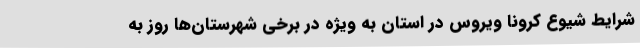
شرایط شیوع کرونا ویروس در استان به ویژه در برخی شهرستان‌ها روز به